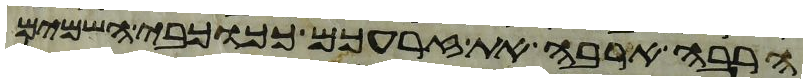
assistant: הרבה ארבה את זרעכם ככוכבי השמים